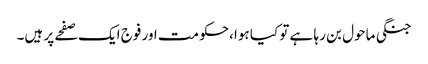
جنگی ماحول بن رہا ہے تو کیا ہوا، حکومت اور فوج ایک صفحے پر ہیں۔